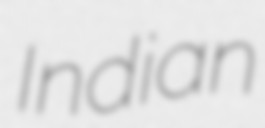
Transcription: Indian